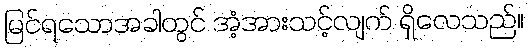
မြင်ရသောအခါတွင် အံ့အားသင့်လျက် ရှိလေသည်။